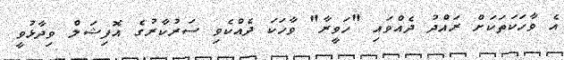
އެ ވާހަކަތަކަށް ރައްދު ދެއްވައި "ހަވީރާ" ވާހަކަ ދެއްކެވި ސަރުކާރުގެ އޮފިޝަލް ވިދާޅުވީ